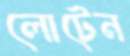
লোটেন